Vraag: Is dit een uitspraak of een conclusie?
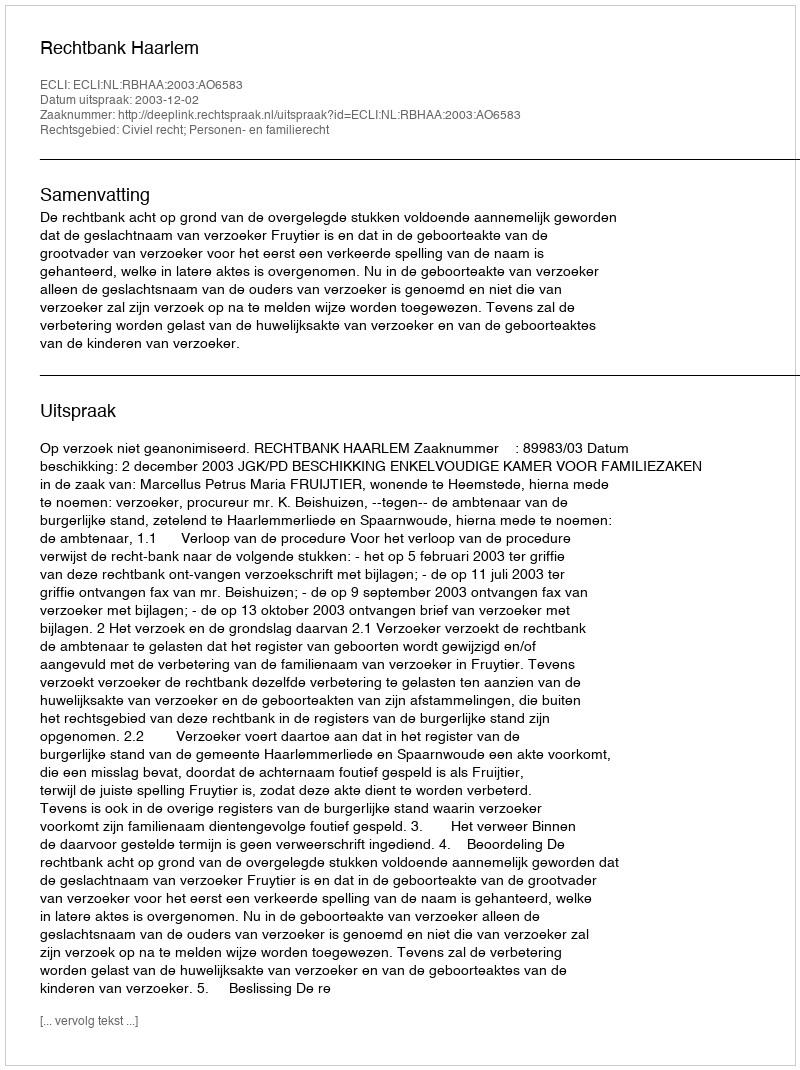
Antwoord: Uitspraak